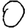
Digit: 0